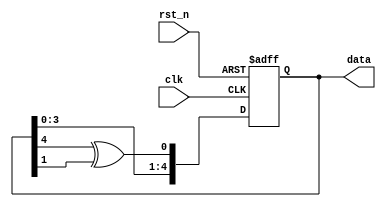
// 5-bit random number generator
// Written by Ryan
module rng(clk, rst_n, data);
  input  clk, rst_n;

  output [4:0] data;

  wire feedback = data[4] ^ data[1];

  reg [4:0] _data;

  always @(posedge clk or negedge rst_n)
  begin
  if (~rst_n) 
    _data <= 4'hf;
  else
    _data <= {data[3:0], feedback};
  end
  assign data = _data;
endmodule